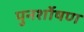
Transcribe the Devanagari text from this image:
पुनर्शोषण